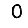
Digit: 0